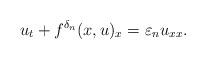
LaTeX: \begin{align*}u_t + f^{\delta_n} (x,u)_x = {\varepsilon_n} u_{xx}.\end{align*}